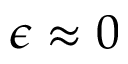
\epsilon \approx 0